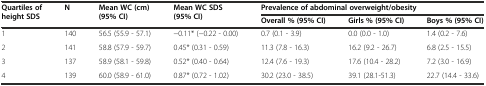
<table><thead><tr><td rowspan="2"><b>Quartiles of height SDS</b></td><td rowspan="2"><b>N</b></td><td rowspan="2"><b>Mean WC (cm) (95%CI)</b></td><td rowspan="2"><b>Mean WC SDS (95%CI)</b></td><td colspan="3"><b>Prevalence of abdominal overweight/obesity</b></td></tr><tr><td><b>Overall % (95%CI)</b></td><td><b>Girls % (95%CI)</b></td><td><b>Boys % (95%CI)</b></td></tr></thead><tbody><tr><td>1</td><td>140</td><td>56.5 (55.9 - 57.1)</td><td>−0.11* (−0.22 - 0.00)</td><td>0.7 (0.1 - 3.9)</td><td>0.0 (0.0 - 1.0)</td><td>1.4 (0.2 - 7.6)</td></tr><tr><td>2</td><td>141</td><td>58.8 (57.9 - 59.7)</td><td>0.45* (0.31 - 0.59)</td><td>11.3 (7.8 - 16.3)</td><td>16.2 (9.2 - 26.7)</td><td>6.8 (2.5 - 15.5)</td></tr><tr><td>3</td><td>137</td><td>58.9 (58.1 - 59.8)</td><td>0.52* (0.40 - 0.64)</td><td>12.4 (7.6 - 19.3)</td><td>17.6 (10.4 - 28.2)</td><td>7.2 (3.0 - 16.9)</td></tr><tr><td>4</td><td>139</td><td>60.0 (58.9 - 61.0)</td><td>0.87* (0.72 - 1.02)</td><td>30.2 (23.0 - 38.5)</td><td>39.1 (28.1-51.3)</td><td>22.7 (14.4 - 33.6)</td></tr></tbody></table>